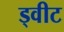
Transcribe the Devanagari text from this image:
ड्वीट